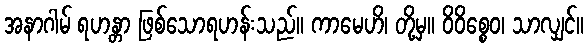
အနာဂါမ် ရဟန္တာ ဖြစ်သောရဟန်းသည်။ ကာမေဟိ၊ တို့မှ။ ဝိဝိစ္စေဝ၊ သာလျှင်။